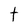
Character: t